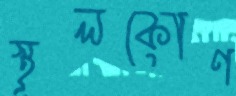
স্থূলকোণ